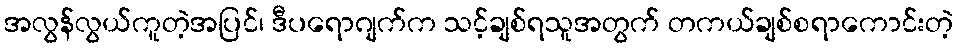
အလွန်လွယ်ကူတဲ့အပြင်၊ ဒီပရောဂျက်က သင့်ချစ်ရသူအတွက် တကယ်ချစ်စရာကောင်းတဲ့